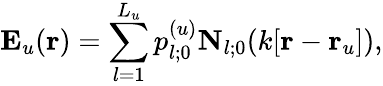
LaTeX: {\mathbf E}_{u}({\mathbf r})=\sum_{l=1}^{L_{u}}p_{l;0}^{(u)}{\mathbf N}_{l;0}(k[{\mathbf r}-{\mathbf r}_{u}]),